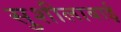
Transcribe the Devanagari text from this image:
सुशीलाबाई